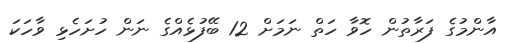
އާންމުގެ ފަރާތުން ހޮވާ ހަތް ނަމަށް 12 ބޭފުޅެއްގެ ނަން ހުށަހެޅި ވާހަކަ